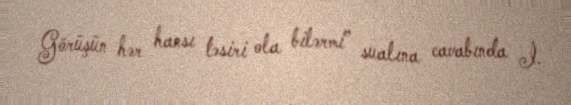
Görüşün hər hansı təsiri ola bilərmi” sualına cavabında İ.